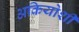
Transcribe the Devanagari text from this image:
अकियोशी